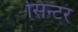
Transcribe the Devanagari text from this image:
सिन्टर